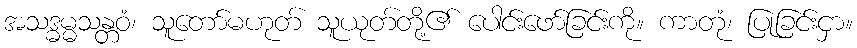
အသဒ္ဓမ္မသန္တဝံ၊ သူတော်မဟုတ် သူယုတ်တို့၏ ပေါင်းဖော်ခြင်းကို။ ကာတုံ၊ ပြုခြင်းငှာ။